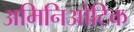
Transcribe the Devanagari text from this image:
अमिनिओटिक